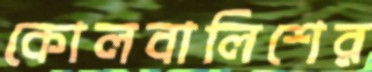
কোলবালিশের